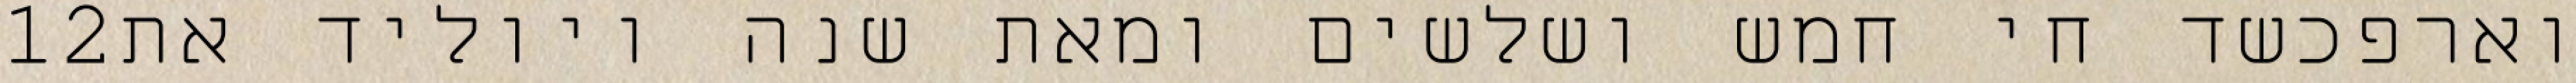
‎12‏ וארפכשד חי חמש ושלשים ומאת שנה ויוליד את